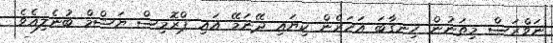
ނަވްރަސް މިތަނުން ހިނގާބަ އަހަރެން ކިޔައި ދޭނަމޭ އައި ޕްރޮމިސް ޔަޝްމް ބުނެލިއެވެ.